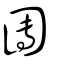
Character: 團